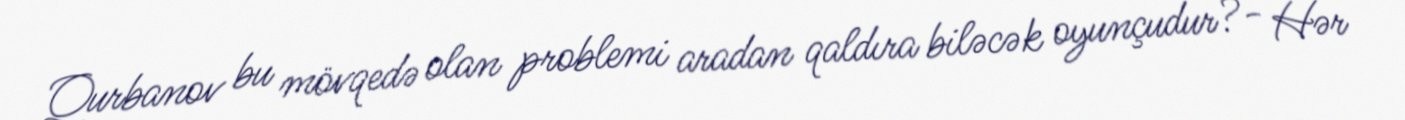
Qurbanov bu mövqedə olan problemi aradan qaldıra biləcək oyunçudur?- Hər